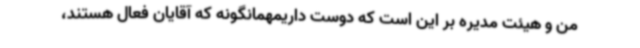
من و هیئت مدیره بر این است که دوست داریمهمانگونه که آقایان فعال هستند،